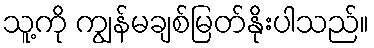
သူ့ကို ကျွန်မချစ်မြတ်နိုးပါသည်။